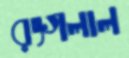
রংগলাল